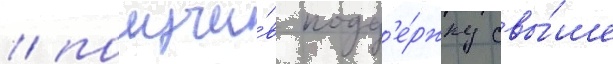
/ получи́в подд'е́ржку свы́ше